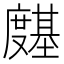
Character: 𭐊